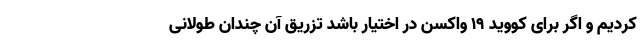
کردیم و اگر برای کووید 19 واکسن در اختیار باشد تزریق آن چندان طولانی